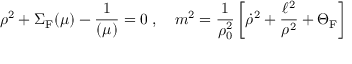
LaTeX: \rho ^ { 2 } + \Sigma _ { \mathrm { F } } ( \mu ) - \frac { 1 } { \l ( \mu ) } = 0 \; , \quad m ^ { 2 } = \frac { 1 } { \rho _ { 0 } ^ { 2 } } \left[ { \dot { \rho } } ^ { 2 } + \frac { \ell ^ { 2 } } { \rho ^ { 2 } } + \Theta _ { \mathrm { F } } \right]